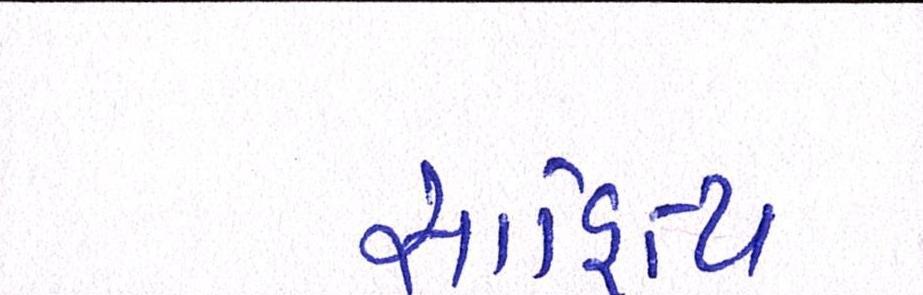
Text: સાહિત્ય